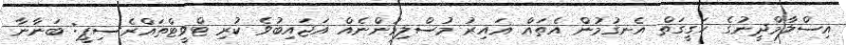
އިސްލާމްދީނުގެ ހަގީގަތް އެނގުމުން އެތައް ޣައިރު މުސްލިމުންނެއް އަޖައިބުވެ ކުރި ޓްވީޓްތައްރެސިޕީ: ބަނާނާ